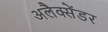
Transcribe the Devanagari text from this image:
अलैक्सेंडर